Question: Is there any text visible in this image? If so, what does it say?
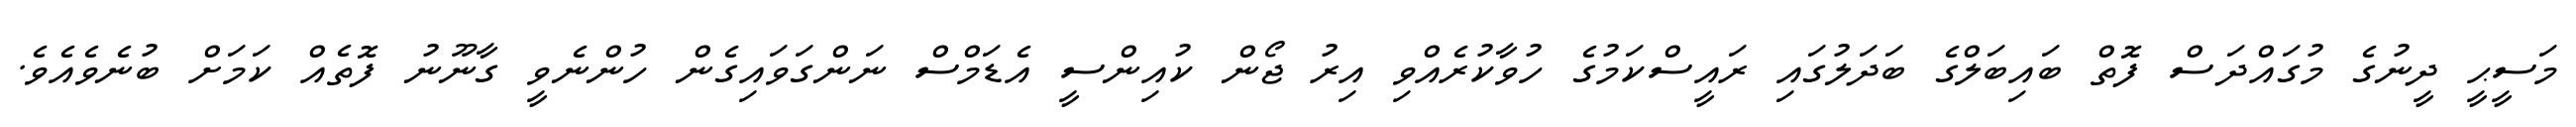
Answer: މަސީޙީ ދީނުގެ މުގައްދަސް ފޮތް ބައިބަލްގެ ބަދަލުގައި ރައީސްކަމުގެ ހުވާކުރެއްވި އިރު ޖޯން ކުއިންސީ އެޑަމްސް ނަންގަވައިގެން ހުންނެވީ ގާނޫނު ފޮތެއް ކަމަށް ބުނެވެއެވެ.